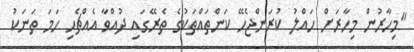
"މިހާރުން މިހާރަށް ހައްލު ކުރަންޖެހޭ ކަންތައްތަކުގެ ތެރޭގައި ދުއްވާ އެއްޗެެހި ހަމަ ތަނަކު